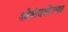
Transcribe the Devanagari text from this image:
ओथंबलेल्या